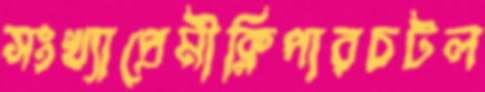
সংখ্যাপ্রেমীক্লিপারচটল